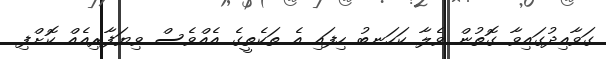
ގަވާއިދުގައިވާ ގޮތުން ވެލާ ކަހަނބު ހިފައި އެ ތަކެތީގެ އެއްވެސް ވިޔަފާރިއެއް ކޮށްފި